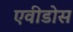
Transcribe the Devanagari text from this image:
एवीडोस